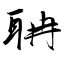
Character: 聃